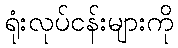
ရုံးလုပ်ငန်းများကို